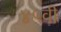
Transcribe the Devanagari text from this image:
४५वी